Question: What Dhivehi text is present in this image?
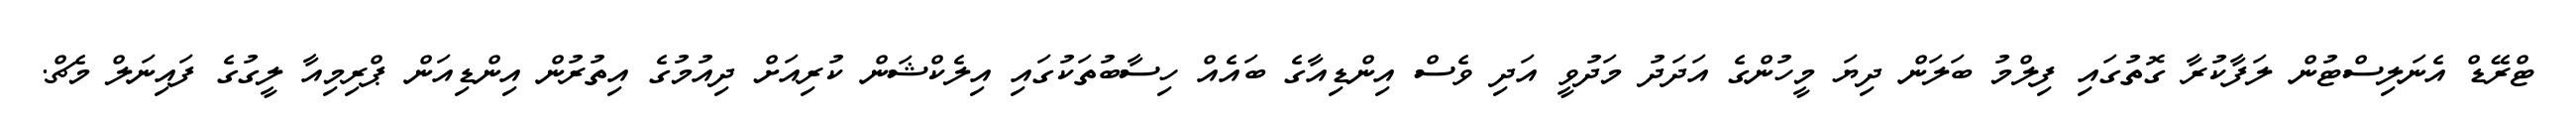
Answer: ޓްރޭޑް އެނަލިސްޓުން ލަފާކުރާ ގޮތުގައި ފިލްމު ބަލަން ދިޔަ މީހުންގެ އަދަދު މަދުވީ އަދި ވެސް އިންޑިއާގެ ބައެއް ހިސާބުތަކުގައި އިލެކްޝަން ކުރިއަށް ދިއުމުގެ އިތުރުން އިންޑިއަން ޕްރިމިއާ ލީގުގެ ފައިނަލް މެޗް.